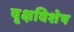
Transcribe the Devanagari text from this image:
वृक्षविशेष